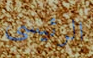
الرئيسى